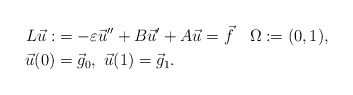
\begin{align*}L\vec{u}:&= -\varepsilon\vec{u}''+B\vec{u}' + A\vec{u}= \vec{f}\quad\Omega:=(0,1),\\\vec{u}(0) &=\vec{g}_0,\ \vec{u}(1) =\vec{g}_1.\end{align*}